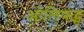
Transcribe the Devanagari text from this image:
ओलिफंट्स